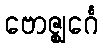
ဗောဇ္ဈင်္ဂေ